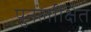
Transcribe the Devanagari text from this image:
पुनर्लाक्षित